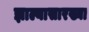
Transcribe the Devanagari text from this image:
झाल्यासारख्या